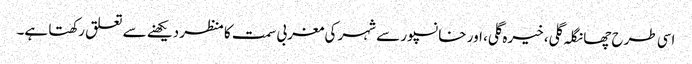
اسی طرح چھانگلہ گلی، خیرہ گلی، اور خانسپور سے شہر کی مغربی سمت کا منظر دیکھنے سے تعلق رکھتا ہے۔